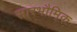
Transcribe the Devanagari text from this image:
सारभौमिक